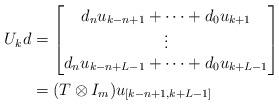
LaTeX: \begin{align*}U_k d&=\begin{bmatrix}d_nu_{k-n+1}+\dots+d_0u_{k+1}\\\vdots\\d_nu_{k-n+L-1}+\dots+d_0u_{k+L-1}\end{bmatrix}\\&=(T\otimes I_m)u_{[k-n+1,k+L-1]}\end{align*}